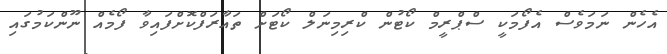
އެހެން ނަމަވެސް އެފޯމަކީ ސްޕްރީމް ކޯޓުން ކްރިމިނަލް ކޯޓަށް ތައާރަފްކޮށްފައިވާ ފޯމެއް ނޫންކަމުގައި